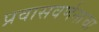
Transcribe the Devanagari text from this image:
प्रवासवर्णनाचा